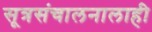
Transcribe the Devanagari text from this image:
सूत्रसंचालनालाही